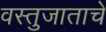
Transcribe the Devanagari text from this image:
वस्तुजाताचे